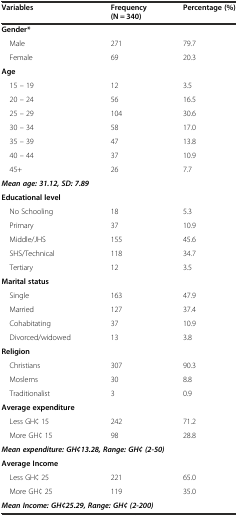
| Variables | Frequency (N = 340) | Percentage (%) |
 | --- | --- | --- |
 | Gender* |  |  |
 | Male | 271 | 79.7 |
 | Female | 69 | 20.3 |
 | Age |  |  |
 | 15 – 19 | 12 | 3.5 |
 | 20 – 24 | 56 | 16.5 |
 | 25 – 29 | 104 | 30.6 |
 | 30 – 34 | 58 | 17.0 |
 | 35 – 39 | 47 | 13.8 |
 | 40 – 44 | 37 | 10.9 |
 | 45+ | 26 | 7.7 |
 | <COLSPAN=3> Mean age: 31.12, SD: 7.89 |
 | Educational level |  |  |
 | No Schooling | 18 | 5.3 |
 | Primary | 37 | 10.9 |
 | Middle/JHS | 155 | 45.6 |
 | SHS/Technical | 118 | 34.7 |
 | Tertiary | 12 | 3.5 |
 | Marital status |  |  |
 | Single | 163 | 47.9 |
 | Married | 127 | 37.4 |
 | Cohabitating | 37 | 10.9 |
 | Divorced/widowed | 13 | 3.8 |
 | Religion |  |  |
 | Christians | 307 | 90.3 |
 | Moslems | 30 | 8.8 |
 | Traditionalist | 3 | 0.9 |
 | Average expenditure |  |  |
 | Less GH¢ 15 | 242 | 71.2 |
 | More GH¢ 15 | 98 | 28.8 |
 | <COLSPAN=3> Mean expenditure: GH¢13.28, Range: GH¢ (2-50) |
 | Average Income |  |  |
 | Less GH¢ 25 | 221 | 65.0 |
 | More GH¢ 25 | 119 | 35.0 |
 | <COLSPAN=3> Mean Income: GH¢25.29, Range: GH¢ (2-200) |